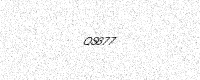
Text: QS677